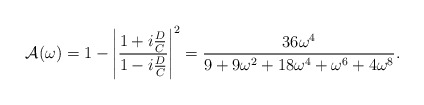
\begin{align*}{\cal A}(\omega)= 1 - \left | { 1+ i{ D \over C} \over 1 - i{D \over C}} \right |^2 = { 36 \omega^4 \over 9 + 9 \omega^2 + 18\omega^4 + \omega^6 + 4 \omega^8}.\end{align*}